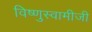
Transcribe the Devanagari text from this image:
विष्णुस्वामीजी